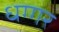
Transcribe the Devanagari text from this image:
धग्गर